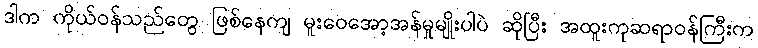
ဒါက ကိုယ်ဝန်သည်တွေ ဖြစ်နေကျ မူးဝေအော့အန်မှုမျိုးပါပဲ ဆိုပြီး အထူးကုဆရာဝန်ကြီးက